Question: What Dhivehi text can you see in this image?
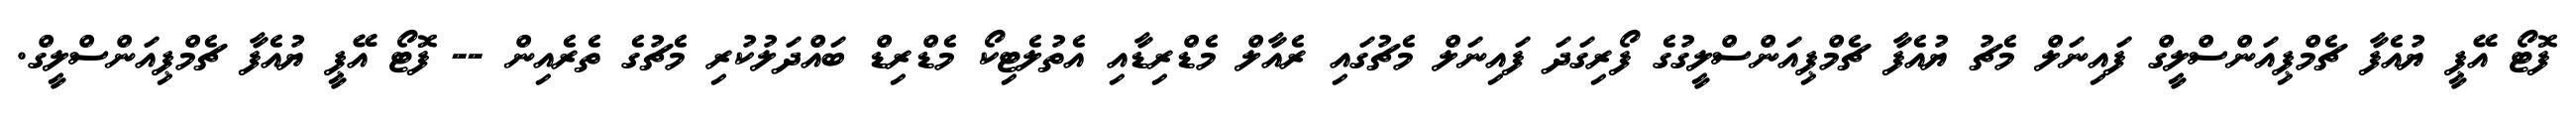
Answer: ފޮޓޯ އޭޕީ ޔުއެފާ ޗެމްޕިއަންސްލީގް ފައިނަލް މެޗު ޔުއެފާ ޗެމްޕިއަންސްލީގުގެ ފޯރިގަދަ ފައިނަލް މެޗުގައި ރެއާލް މެޑްރިޑާއި އެތުލެޓިކޯ މެޑްރިޑް ބައްދަލުކުރި މެޗުގެ ތެރެއިން -- ފޮޓޯ އޭޕީ ޔުއެފާ ޗެމްޕިއަންސްލީގް.